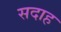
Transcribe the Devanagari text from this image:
सदाह